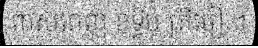
ពាសពេញ ឧទ្វីប គ្រីមៀ ។